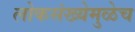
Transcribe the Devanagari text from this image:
लोकसंख्येमुळेच